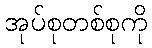
အုပ်စုတစ်စုကို